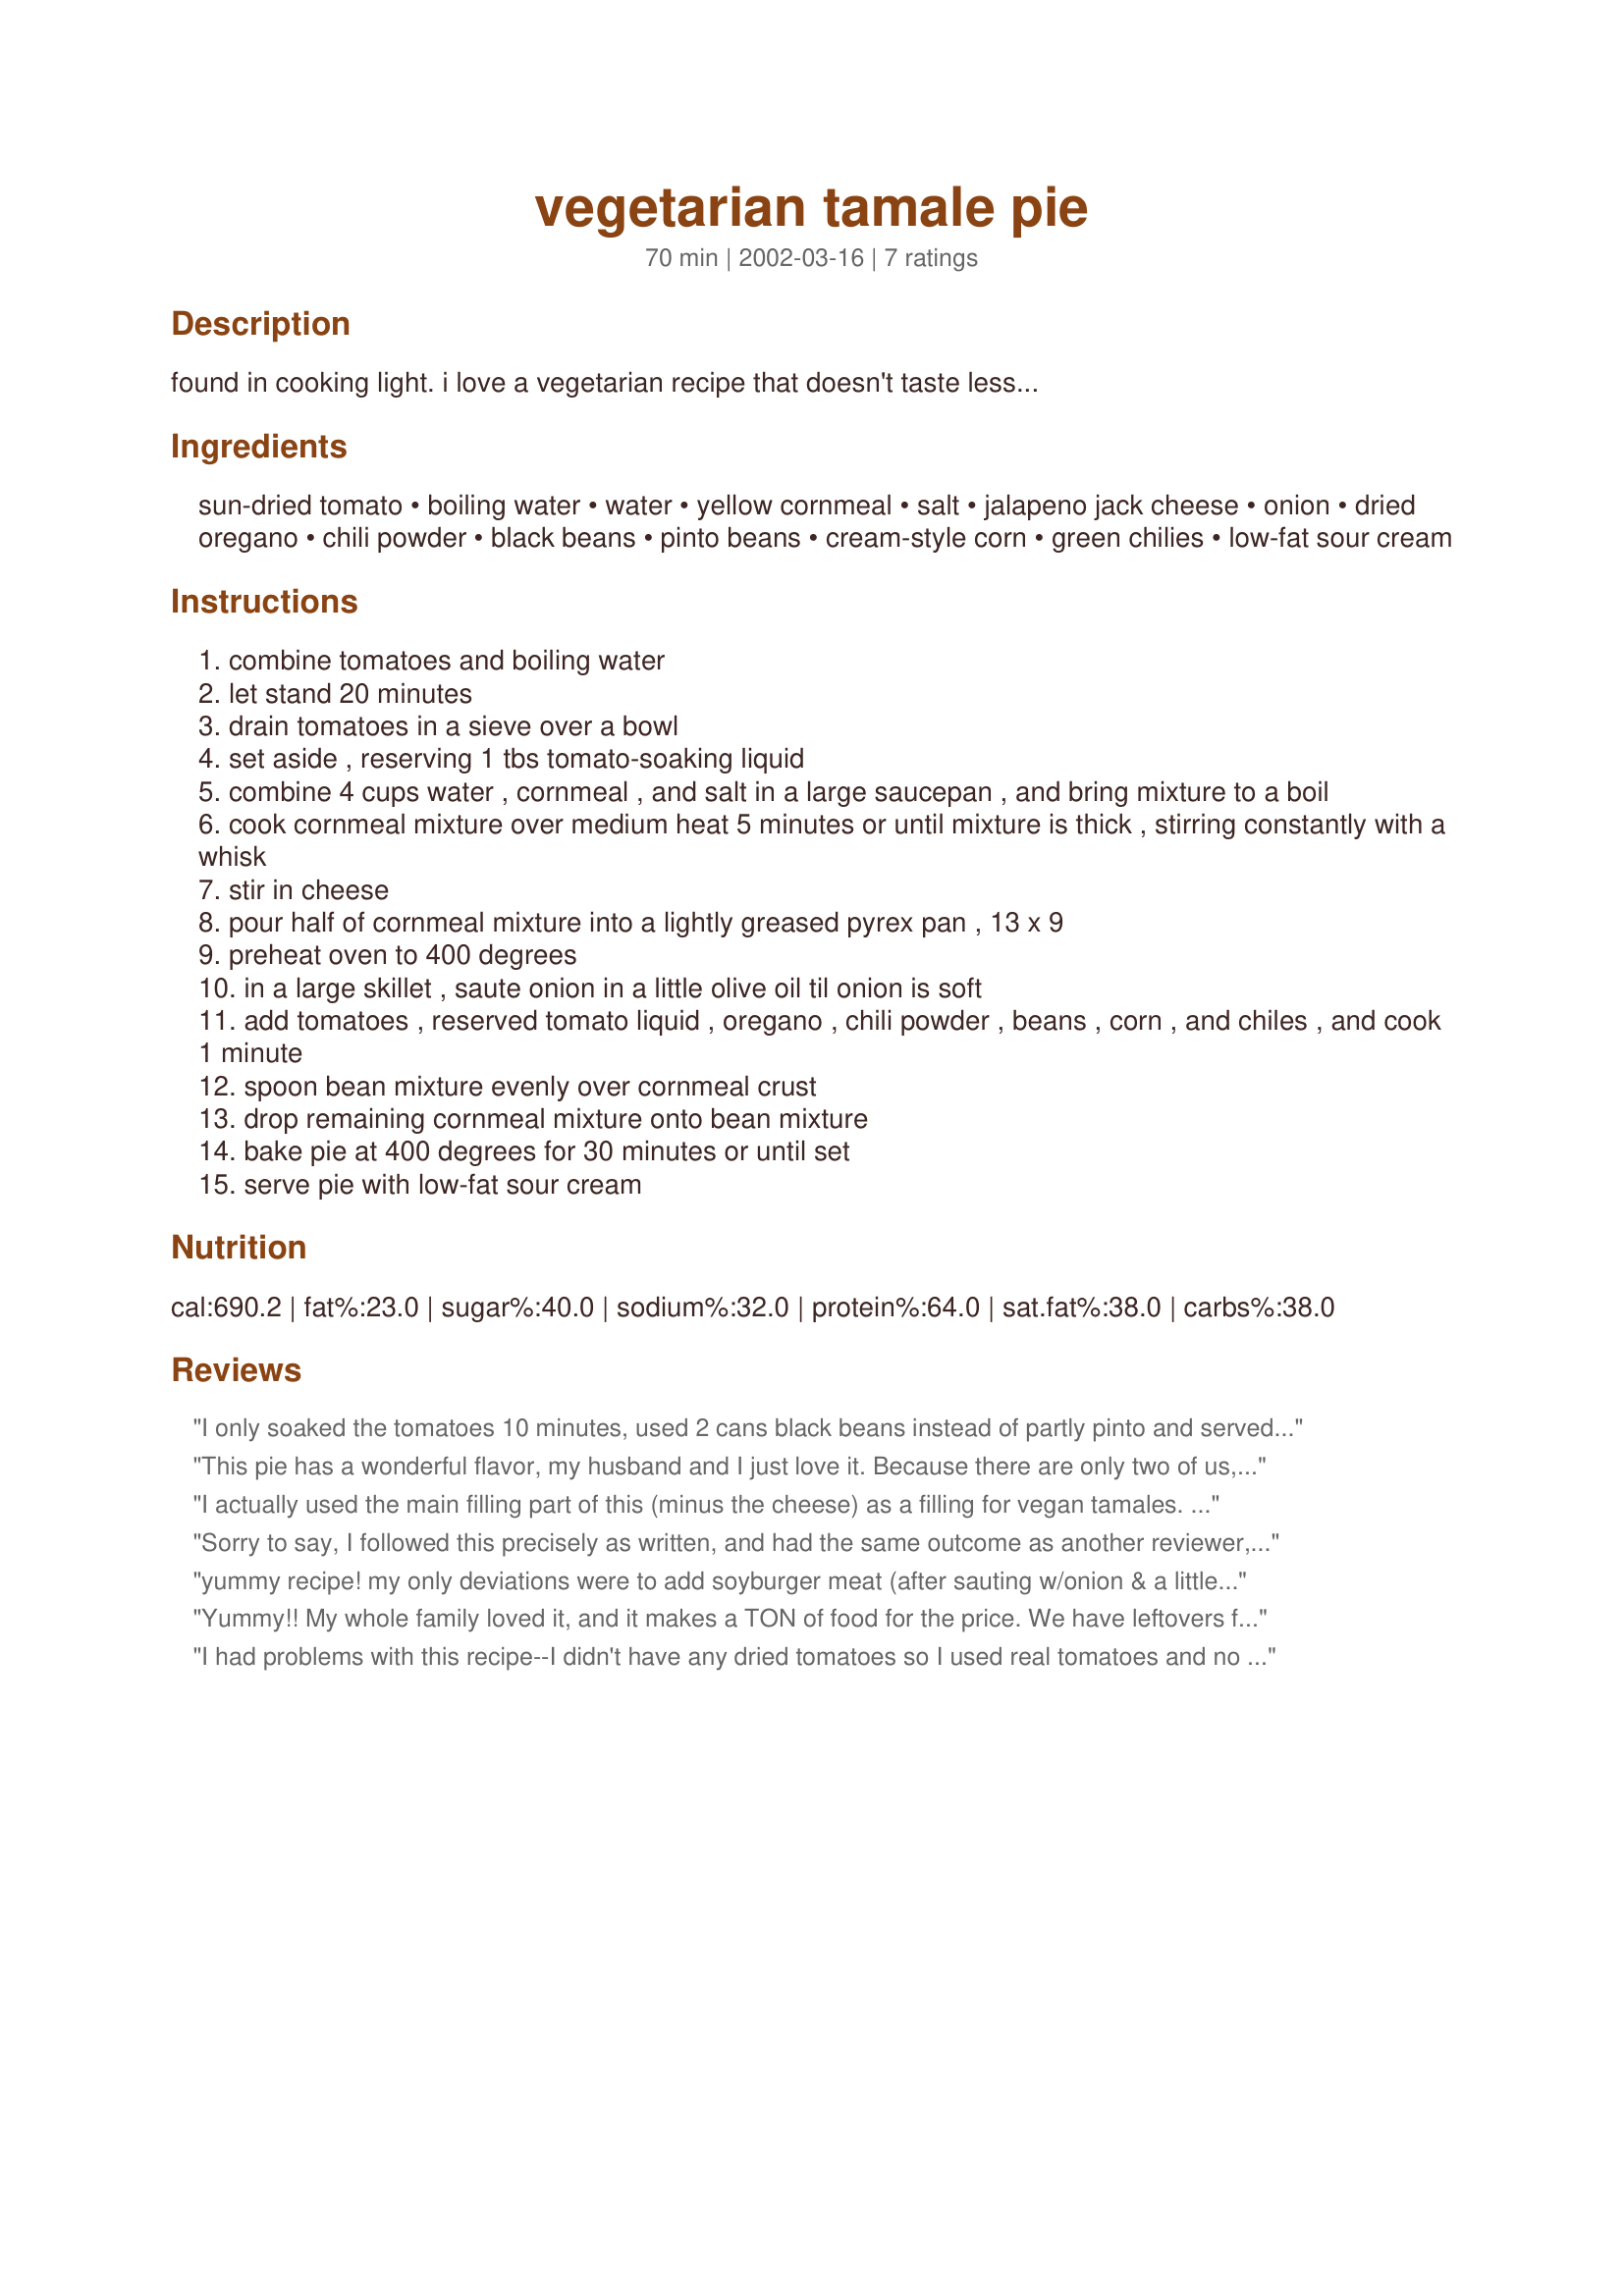
vegetarian tamale pie
Preparation time: 70 minutes

found in cooking light. i love a vegetarian recipe that doesn't taste less...

Ingredients:
sun-dried tomato, boiling water, water, yellow cornmeal, salt, jalapeno jack cheese, onion, dried oregano, chili powder, black beans, pinto beans, cream-style corn, green chilies, low-fat sour cream

Steps:
combine tomatoes and boiling water
let stand 20 minutes
drain tomatoes in a sieve over a bowl
set aside , reserving 1 tbs tomato-soaking liquid
combine 4 cups water , cornmeal , and salt in a large saucepan , and bring mixture to a boil
cook cornmeal mixture over medium heat 5 minutes or until mixture is thick , stirring constantly with a whisk
stir in cheese
pour half of cornmeal mixture into a lightly greased pyrex pan , 13 x 9
preheat oven to 400 degrees
in a large skillet , saute onion in a little olive oil til onion is soft
add tomatoes , reserved tomato liquid , oregano , chili powder , beans , corn , and chiles , and cook 1 minute
spoon bean mixture evenly over cornmeal crust
drop remaining cornmeal mixture onto bean mixture
bake pie at 400 degrees for 30 minutes or until set
serve pie with low-fat sour cream

Reviews:
I only soaked the tomatoes 10 minutes, used 2 cans black beans instead of partly pinto and served with nonfat sour cream. It was quick and easy to make and came out great! I especially like what the monterey jack cheese with jalapenos did for the taste. A fun new possibility for suppers.
This pie has a wonderful flavor, my husband and I just love it. Because there are only two of us, I baked it in two smaller dishes, which turned out very well. There is a problem with the liquidy issue right after it's been baked. However, I made it in the morning and put it in the fridge all day for dinner. The pie had enough time to set, and was just fine. This pie is worth the effort. It's VERY flavorful.
I actually used the main filling part of this (minus the cheese) as a filling for vegan tamales. It was a great start for making those. I can't comment on the whole recipe as written but will say THANK YOU for the idea for a tamale that didn't require meat.
Sorry to say, I followed this precisely as written, and had the same outcome as another reviewer, a liquidy, unappealling casserole. The taste was ok, but we just did not enjoy it. Sorry!
yummy recipe! my only deviations were to add soyburger meat (after sauting w/onion & a little garlic), a little shredded zucchini. i only used black beans since i didn't have navy beans on hand. thanks! :)
Yummy!! My whole family loved it, and it makes a TON of food for the price. We have leftovers for at least one more day. 

The only changes I made: I added much more salt to the polenta (to taste) and then to the sauted bean mixture. Also, by the time I was ready to assemble it, my polenta had gotten too solid so I had to add quite a lot of milk to loosen it up. I would recommend making the cornmeal mixture right at the end just before assembling.

Thanks for sharing!!
I had problems with this recipe--I didn't have any dried tomatoes so I used real tomatoes and no boiling water--but the end result was a too liquidy casserole with out much flavor.
